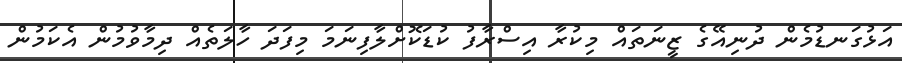
އަޅުގަނޑުމެން ދުުނިއޭގެ ޒީނަތައް މިކުރާ އިސްރާފު ކުޑަކޮށްލާފިނަމަ މިފަދަ ހާލަތެއް ދިމާވުމުުން އެކަމުުން